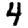
Digit: 4